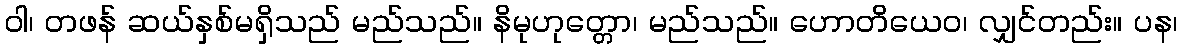
ဝါ၊ တဖန် ဆယ်နှစ်မရှိသည် မည်သည်။ နိမုဟုတ္တော၊ မည်သည်။ ဟောတိယေဝ၊ လျှင်တည်း။ ပန၊